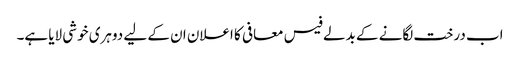
اب درخت لگانے کے بدلے فیس معافی کا اعلان ان کے لیے دوہری خوشی لایا ہے۔